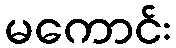
မကောင်း